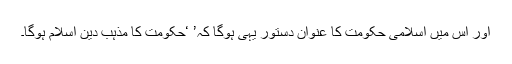
اور اس میں اسلامی حکومت کا عنوانِ دستور یہی ہوگا کہ’ ‘حکومت کا مذہب دین اسلام ہوگا۔